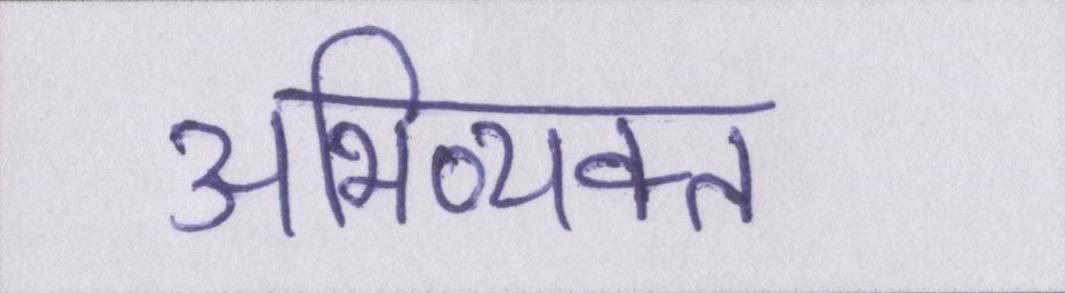
अभिव्यक्त